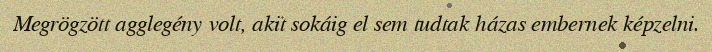
Megrögzött agglegény volt, akit sokáig el sem tudtak házas embernek képzelni.